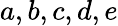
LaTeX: a,b,c,d,e